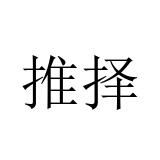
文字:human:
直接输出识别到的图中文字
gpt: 推择